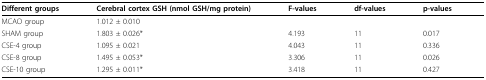
<table><thead><tr><td><b>Different groups</b></td><td><b>Cerebral cortex GSH (nmol GSH/mg protein)</b></td><td><b>F-values</b></td><td><b>df-values</b></td><td><b>p-values</b></td></tr></thead><tbody><tr><td>MCAO group</td><td>1.012 ± 0.010</td><td></td><td></td><td></td></tr><tr><td>SHAM group</td><td>1.803 ± 0.026*</td><td>4.193</td><td>11</td><td>0.017</td></tr><tr><td>CSE-4 group</td><td>1.095 ± 0.021</td><td>4.043</td><td>11</td><td>0.336</td></tr><tr><td>CSE-8 group</td><td>1.495 ± 0.053*</td><td>3.306</td><td>11</td><td>0.026</td></tr><tr><td>CSE-10 group</td><td>1.295 ± 0.011*</td><td>3.418</td><td>11</td><td>0.427</td></tr></tbody></table>